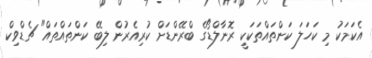
އެކަމަކު މި ކަހަލަ ކަންތައްތަކަކީ ރޮނާލްޑޯގެ ބްރޭންޑަށް ކުރިއެރުން ލިބޭ ކަންތައްތައް" ޗެޑްވިކް